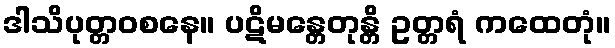
ဒါသိပုတ္တဝစနေ။ ပဋိမန္တေတုန္တိ ဥတ္တရံ ကထေတုံ။